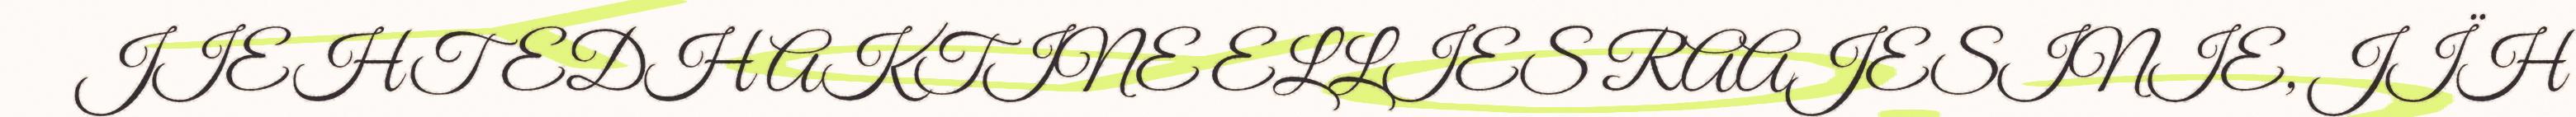
JIEHTEDH AKTINE ELLIES RAAJESINIE, JÏH